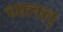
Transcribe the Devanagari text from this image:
चलत्